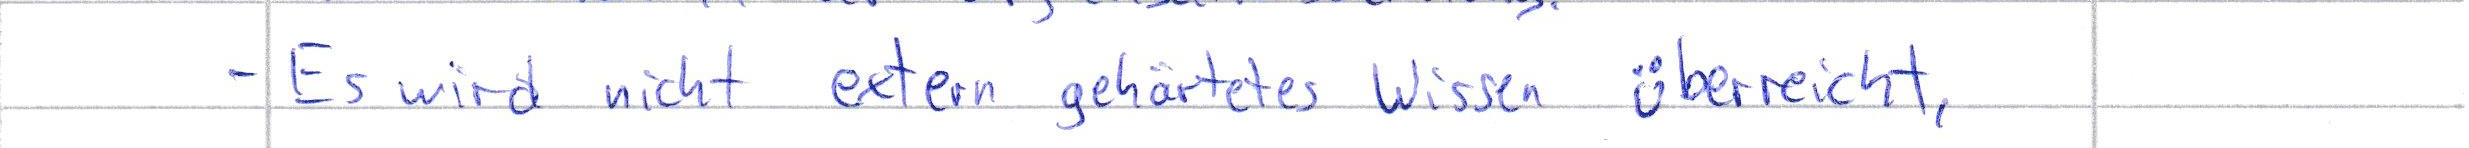
- Es wird nicht extern gehärtetes Wissen überreicht,